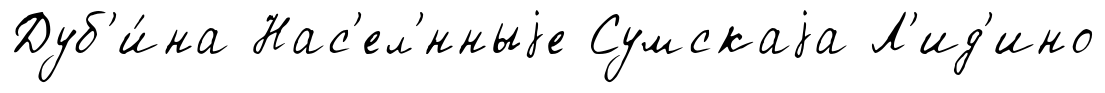
Дуб'и́на Нас'ел'́нныjе Сумскаjа Л'ид'ино